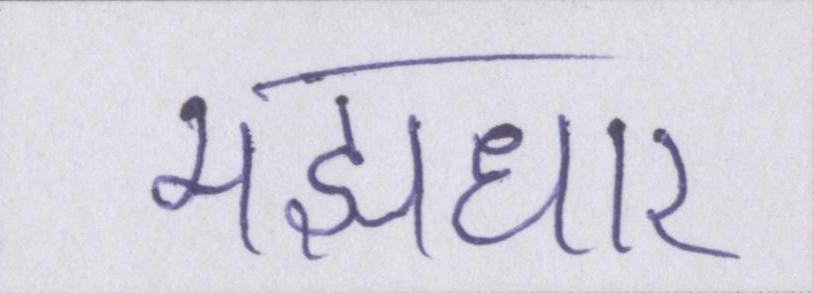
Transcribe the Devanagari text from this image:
मझधार